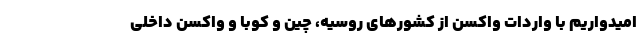
امیدواریم با واردات واکسن از کشورهای روسیه، چین و کوبا و واکسن داخلی